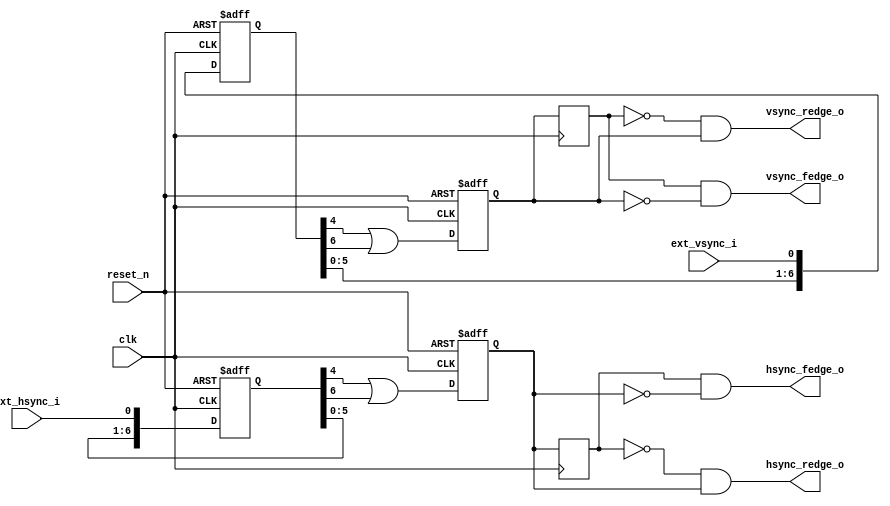
`timescale 1ns / 1ps
//////////////////////////////////////////////////////////////////////////////////
// Company: 
// Engineer: 
// 
// Design Name: 
// Module Name:    sync_pre_proces 
// Project Name: 
// Target Devices: 
// Tool versions: 
// Description: 
//
// Dependencies: 
//
// Revision: 
// Revision 0.01 - File Created
// Additional Comments: 
//
//////////////////////////////////////////////////////////////////////////////////
module sync_pre_process(
		input		clk,
		input		reset_n,
		input 		ext_hsync_i,
		input 		ext_vsync_i,
		output		hsync_redge_o,
		output		vsync_redge_o,
		output		hsync_fedge_o,
		output		vsync_fedge_o
    );
	parameter						DLY_WIDTH = 12;
	
	reg 							hsync_temp;
	reg 							vsync_temp;
	reg		[DLY_WIDTH-1:0] 		hsync_shift;
	reg		[DLY_WIDTH-1:0] 		vsync_shift;
		
	always@(posedge clk or negedge reset_n)begin						//
		if(~reset_n)begin
			hsync_shift		<=	0;
			vsync_shift		<=	0;
		end
		else begin
			hsync_shift		<=	{hsync_shift[DLY_WIDTH-2:0],ext_hsync_i};
			vsync_shift		<=	{vsync_shift[DLY_WIDTH-2:0],ext_vsync_i};
		end
	end
	
	always@(posedge clk or negedge reset_n)begin						//
		if(~reset_n)begin
			hsync_temp		<=	1;
			vsync_temp		<=	1;
		end
		else begin
			hsync_temp		<=	hsync_shift[4] || hsync_shift[6];			// 
			vsync_temp		<=	vsync_shift[4] || vsync_shift[6];
		end
	end

	reg	hsync_r;
	reg vsync_r;
	always@(posedge clk)begin
		   hsync_r			<= hsync_temp;
		   vsync_r			<= vsync_temp;
	end
	
	assign hsync_redge_o		= (~hsync_r) & hsync_temp;   //       
	assign vsync_redge_o		= (~vsync_r) & vsync_temp;
	assign hsync_fedge_o		= hsync_r & (~hsync_temp);
	assign vsync_fedge_o		= vsync_r & (~vsync_temp);
endmodule